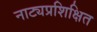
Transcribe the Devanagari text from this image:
नाट्यप्रशिक्षित